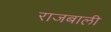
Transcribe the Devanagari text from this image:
राजबाली